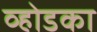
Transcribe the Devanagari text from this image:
व्होडका